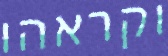
וקראהו